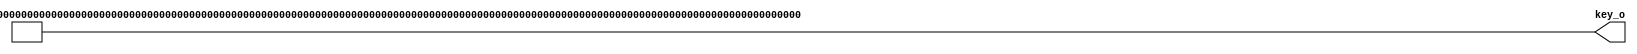
module key_constant (
	output [1023:0] key_o
    );

reg [1023:0] key;
	
assign key_o = key;

always @(*) begin
	key[63:0] =     64'hD593DA0741E72355;
	key[127:64] =   64'h15B5E511AC73E00C;
	key[191:128] =  64'h5180E5AEBAF2C4F0;
	key[255:192] =  64'h03BD41D3FCBCAFAF;
	key[319:256] =  64'h1CAEC6FD1983A898;
	key[383:320] =  64'h6E510B8BCDD0589F;
	key[447:384] =  64'h77E2BDFDC6394ADA;
	key[511:448] =  64'hC11E1DB524DCB0A3;
	key[575:512] =  64'hD6D14AF9C6329AB5;
	key[639:576] =  64'h6A9B0BFC6EB67E0D;
	key[703:640] =  64'h9243C60DCCFF1332;
	key[767:704] =  64'h1A1F1DDE743F02D4;
	key[831:768] =  64'h0996753C10ED0BB8;
	key[895:832] =  64'h6572DD22F2B4969A;
	key[959:896] =  64'h61FD3062D00A579A;
	key[1023:960] = 64'h1DE0536E8682E539;
end

endmodule